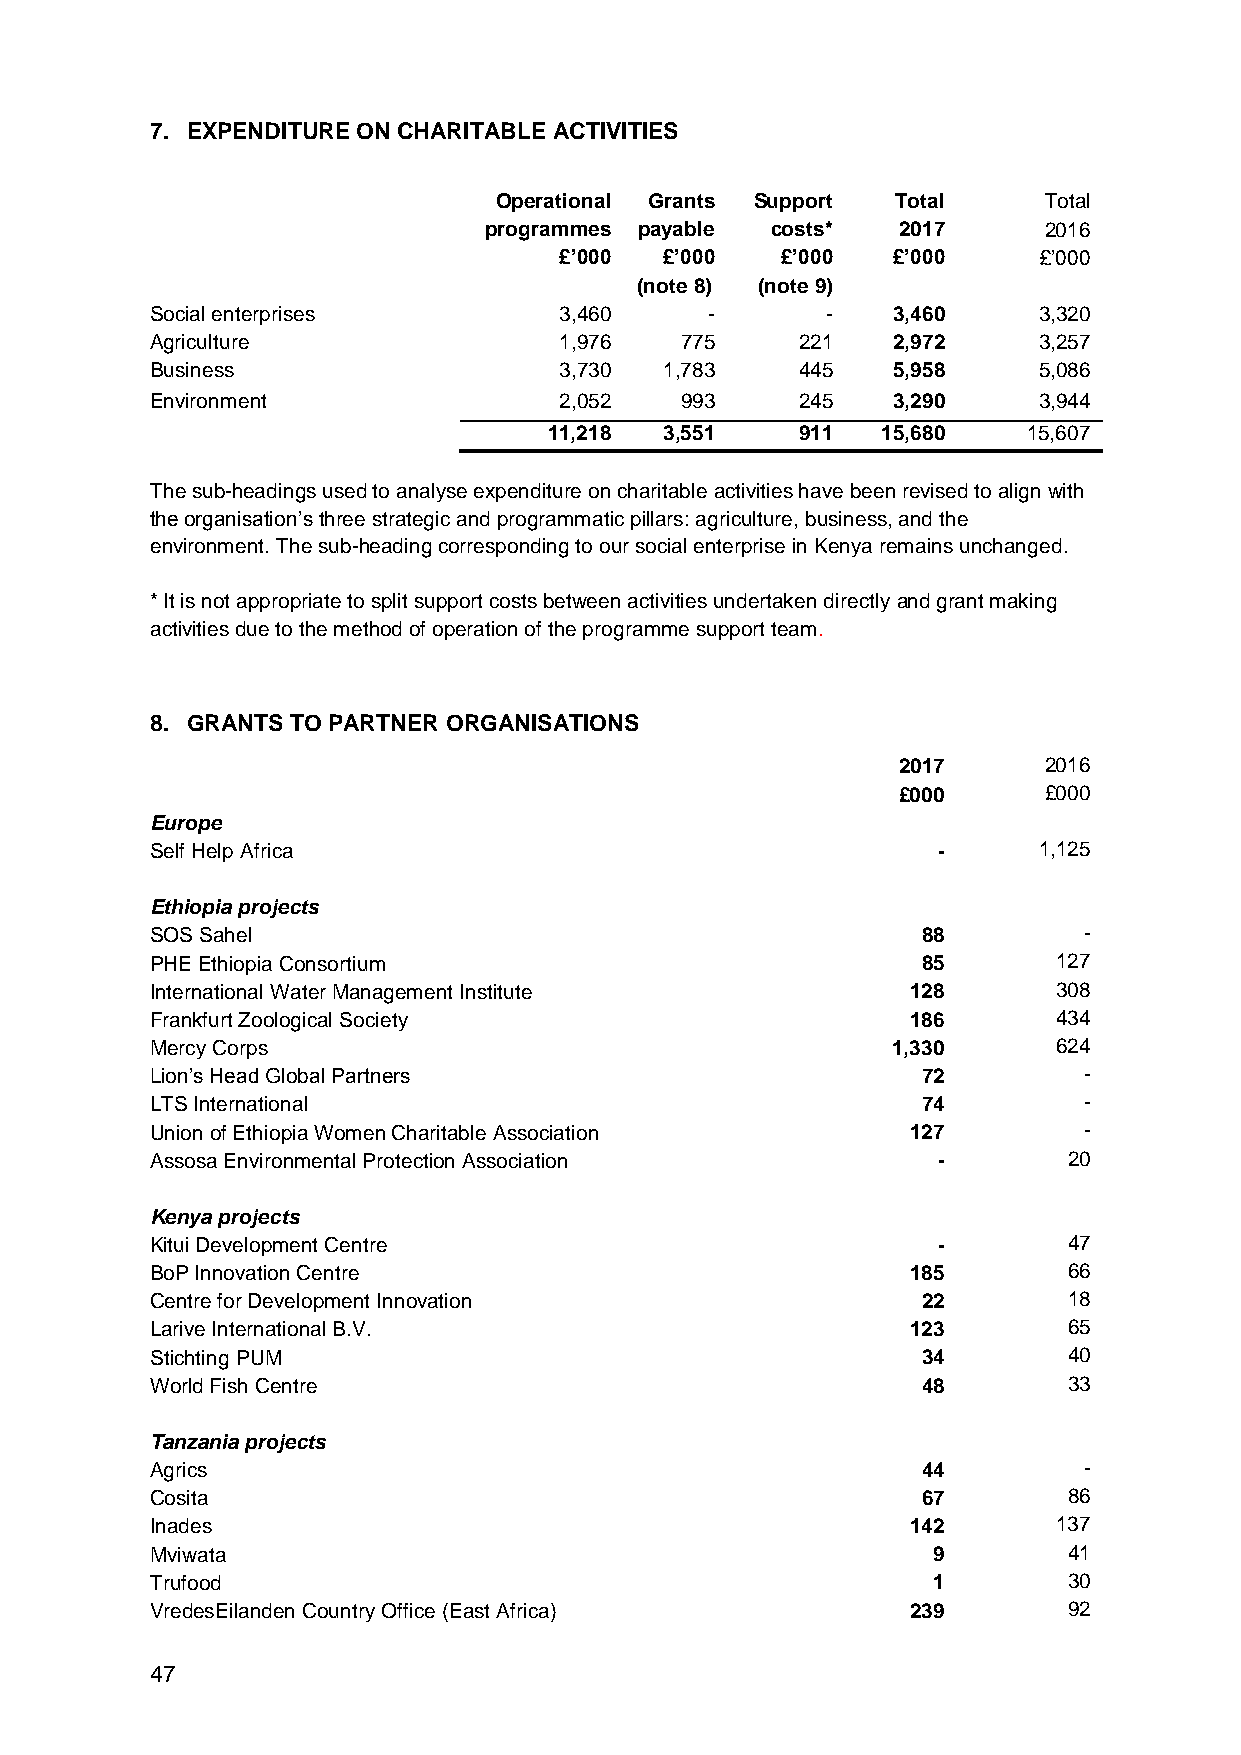
7. EXPENDITURE ON CHARITABLE ACTIVITIES
 Operational Grants Support Total    Total
 programmes payable costs*  2017      2016
 £’000  £’000   £’000  £’000     £’000
 (note 8) (note 9)
 Social enterprises         3,460     -       -   3,460     3,320
 Agriculture                1,976   775     221   2,972     3,257
 Business                   3,730  1,783    445   5,958     5,086
 Environment                2,052   993     245   3,290     3,944
 11,218  3,551    911  15,680    15,607
 The sub-headings used to analyse expenditure on charitable activities have been revised to align with
 the organisation’s three strategic and programmatic pillars: agriculture, business, and the
 environment. The sub-heading corresponding to our social enterprise in Kenya remains unchanged.
 * It is not appropriate to split support costs between activities undertaken directly and grant making
 activities due to the method of operation of the programme support team.
 8. GRANTS TO PARTNER ORGANISATIONS
 2017      2016
 £000      £000
 Europe
 Self Help Africa                                    -      1,125
 Ethiopia projects
 SOS Sahel                                          88         -
 PHE Ethiopia Consortium                            85       127
 International Water Management Institute          128       308
 Frankfurt Zoological Society                      186       434
 Mercy Corps                                      1,330      624
 Lion’s Head Global Partners                        72         -
 LTS International                                  74         -
 Union of Ethiopia Women Charitable Association    127         -
 Assosa Environmental Protection Association         -        20
 Kenya projects
 Kitui Development Centre                            -        47
 BoP Innovation Centre                             185        66
 Centre for Development Innovation                  22        18
 Larive International B.V.                         123        65
 Stichting PUM                                      34        40
 World Fish Centre                                  48        33
 Tanzania projects
 Agrics                                             44         -
 Cosita                                             67        86
 Inades                                            142       137
 Mviwata                                             9        41
 Trufood                                             1        30
 VredesEilanden Country Office (East Africa)       239        92
 47